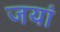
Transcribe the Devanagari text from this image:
जयां